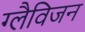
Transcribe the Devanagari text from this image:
ग्लैविजन